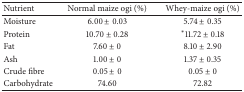
| Nutrient | Normal maize ogi (%) | Whey-maize ogi (%) |
 | --- | --- | --- |
 | Moisture | 6.00 ± 0.03 | 5.74 ± 0.35 |
 | Protein | 10.70 ± 0.28 | ∗11.72 ± 0.18 |
 | Fat | 7.60 ± 0 | 8.10 ± 2.90 |
 | Ash | 1.00 ± 0 | 1.37 ± 0.35 |
 | Crude fibre | 0.05 ± 0 | 0.05 ± 0 |
 | Carbohydrate | 74.60 | 72.82 |